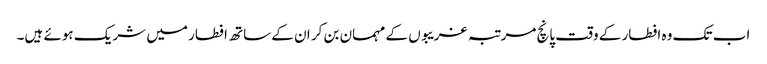
اب تک وہ افطار کے وقت پانچ مرتبہ غریبوں کے مہمان بن کر ان کے ساتھ افطار میں شریک ہوئے ہیں۔